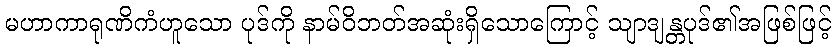
မဟာကာရုဏိကံဟူသော ပုဒ်ကို နာမ်ဝိဘတ်အဆုံးရှိသောကြောင့် သျာဒျန္တပုဒ်၏အဖြစ်ဖြင့်